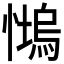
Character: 𱟒